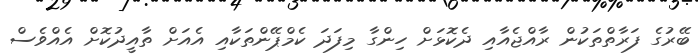
ބޭރުގެ ފަރާތްތަކުން ރާއްޖެއާއި ދެކޮޅަށް ހިންގާ މިފަދަ ކެމްޕޭންތަކާއި އެއަށް ތާއީދުކޮށް އެއްވެސް